King Institute of Preventive Medicine Bacteriolog. Section reports 1907-08
Year: 1907
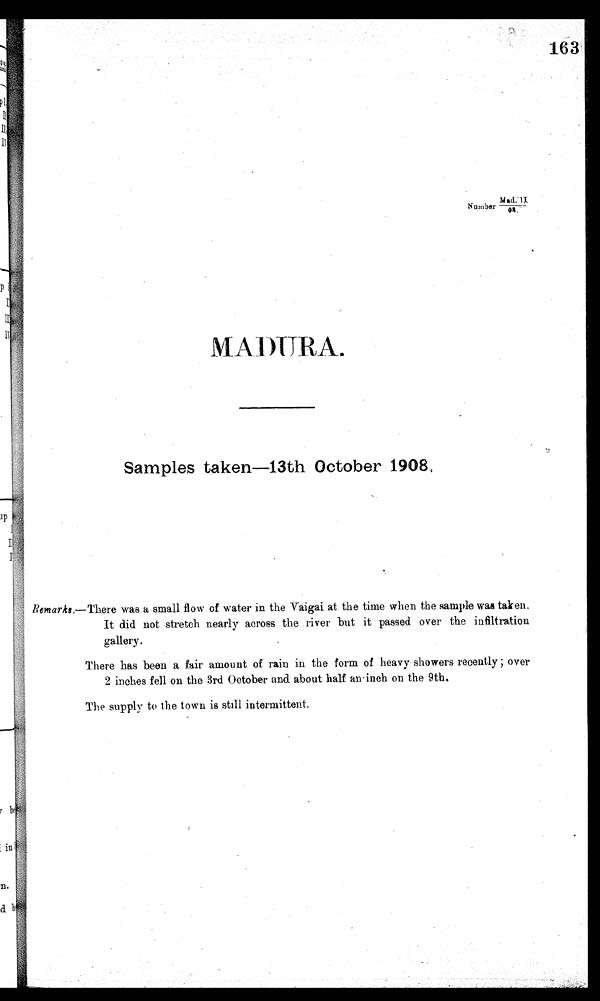
163
Mad. II
Number
MADURA.
Samples takes 13th October 1908
R e m a r k s . — T h e r e
w a s a s m a l l f l o w o f w a t e r i n t h e V a i g a i a t t h e t i m e w h e n t h e s a m p l e w a s t a k e n .
It did not stretch nearly across the river but it passed over the infiltration
gallery.
There has been a fair amount of rain in the form of heavy showers recently over
2 inches fell on the 3rd October and about half an•inch on the 9th.
The supply to the town is still intermittent.